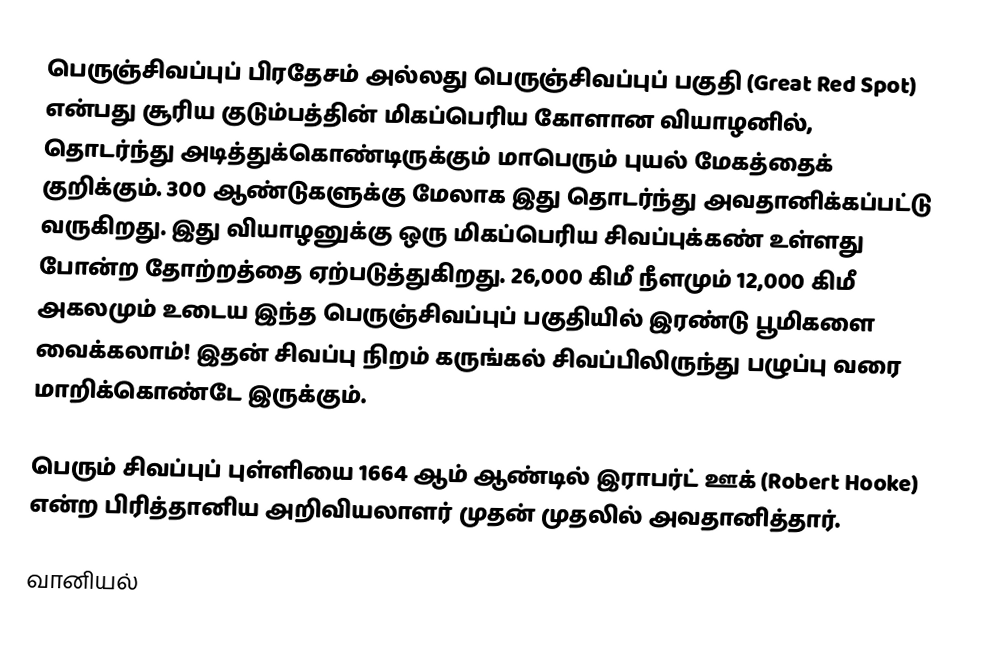
பெருஞ்சிவப்புப் பிரதேசம் அல்லது பெருஞ்சிவப்புப் பகுதி (Great Red Spot) என்பது சூரிய குடும்பத்தின் மிகப்பெரிய கோளான வியாழனில், தொடர்ந்து அடித்துக்கொண்டிருக்கும் மாபெரும் புயல் மேகத்தைக் குறிக்கும். 300 ஆண்டுகளுக்கு மேலாக இது தொடர்ந்து அவதானிக்கப்பட்டு வருகிறது. இது வியாழனுக்கு ஒரு மிகப்பெரிய சிவப்புக்கண் உள்ளது போன்ற தோற்றத்தை ஏற்படுத்துகிறது. 26,000 கிமீ நீளமும் 12,000 கிமீ அகலமும் உடைய இந்த பெருஞ்சிவப்புப் பகுதியில் இரண்டு பூமிகளை வைக்கலாம்! இதன் சிவப்பு நிறம் கருங்கல் சிவப்பிலிருந்து பழுப்பு வரை மாறிக்கொண்டே இருக்கும்.

பெரும் சிவப்புப் புள்ளியை 1664 ஆம் ஆண்டில் இராபர்ட் ஊக் (Robert Hooke) என்ற பிரித்தானிய அறிவியலாளர் முதன் முதலில் அவதானித்தார்.

வானியல்